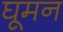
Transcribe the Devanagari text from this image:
घूमन